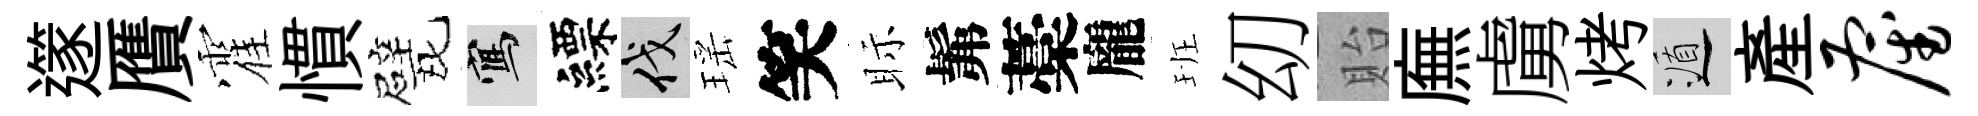
𨗹贋霍慣戏寫縹伐瑶笑眎髴藁龐班㓜貽廡虜烤遁産雇